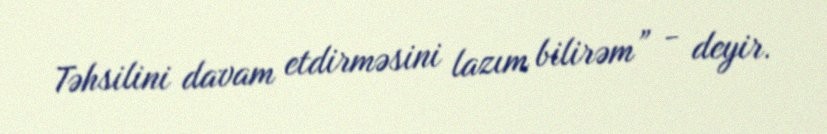
Təhsilini davam etdirməsini lazım bilirəm” - deyir.